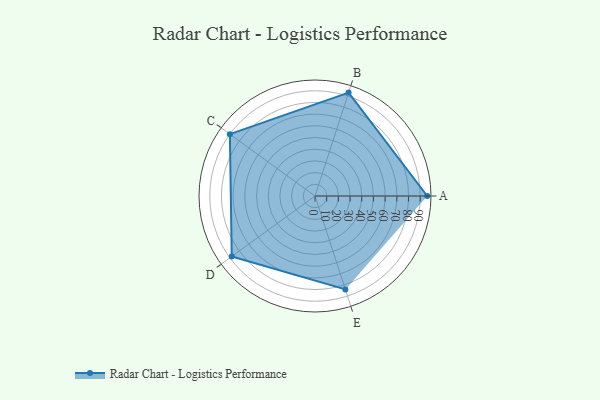
{"axis": {"x": "Skill", "y": "Score"}, "legend": ["Profile"], "data": [{"x": "A", "y": 96.0, "type": "Profile"}, {"x": "B", "y": 93.0, "type": "Profile"}, {"x": "C", "y": 90.0, "type": "Profile"}, {"x": "D", "y": 88.0, "type": "Profile"}, {"x": "E", "y": 84.0, "type": "Profile"}]}